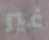
غير